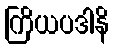
ကြိယပဒါနိ